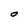
Character: O